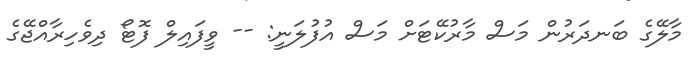
މާލޭގެ ބަނދަރުން މަސް މާރުކޭޓަށް މަސް އުފުލަނީ: -- ވީފައިލް ފޮޓޯ ދިވެހިރާއްޖޭގެ